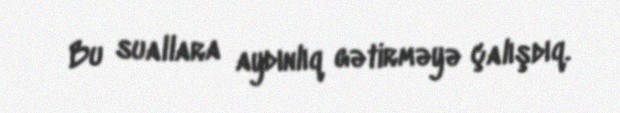
Bu suallara aydınlıq gətirməyə çalışdıq.